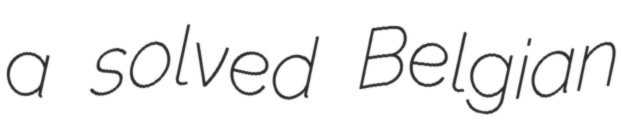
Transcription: a solved Belgian